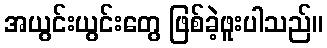
အယွင်းယွင်းတွေ ဖြစ်ခဲ့ဖူးပါသည်။